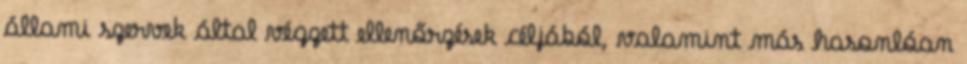
állami szervek által végzett ellenőrzések céljából, valamint más hasonlóan